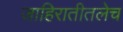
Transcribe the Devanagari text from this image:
जाहिरातीतलेच